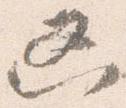
凶